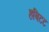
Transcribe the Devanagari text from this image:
हबिटट